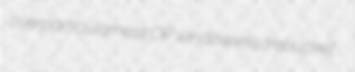
overparticularness OP windowless trebucket